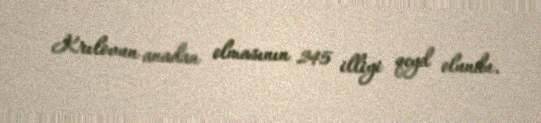
Krılovun anadan olmasının 245 illiyi qeyd olundu.